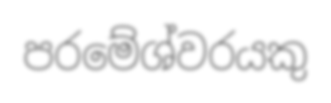
පරමේශ්වරයකු